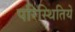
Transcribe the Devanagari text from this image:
परिस्थितियें